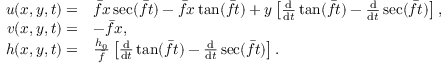
\begin{array} { r l } { u ( x , y , t ) = } & { \bar { f } x \sec ( \bar { f } t ) - \bar { f } x \tan ( \bar { f } t ) + y \left[ \frac { \mathrm { d } } { \mathrm { d } t } \tan ( \bar { f } t ) - \frac { \mathrm { d } } { \mathrm { d } t } \sec ( \bar { f } t ) \right] , } \\ { v ( x , y , t ) = } & { - \bar { f } x , } \\ { h ( x , y , t ) = } & { \frac { h _ { 0 } } { \bar { f } } \left[ \frac { \mathrm { d } } { \mathrm { d } t } \tan ( \bar { f } t ) - \frac { \mathrm { d } } { \mathrm { d } t } \sec ( \bar { f } t ) \right] . } \end{array}